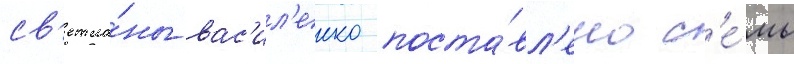
св'етла́ны вас'ил'енко поста́вл'ено с'е́мь